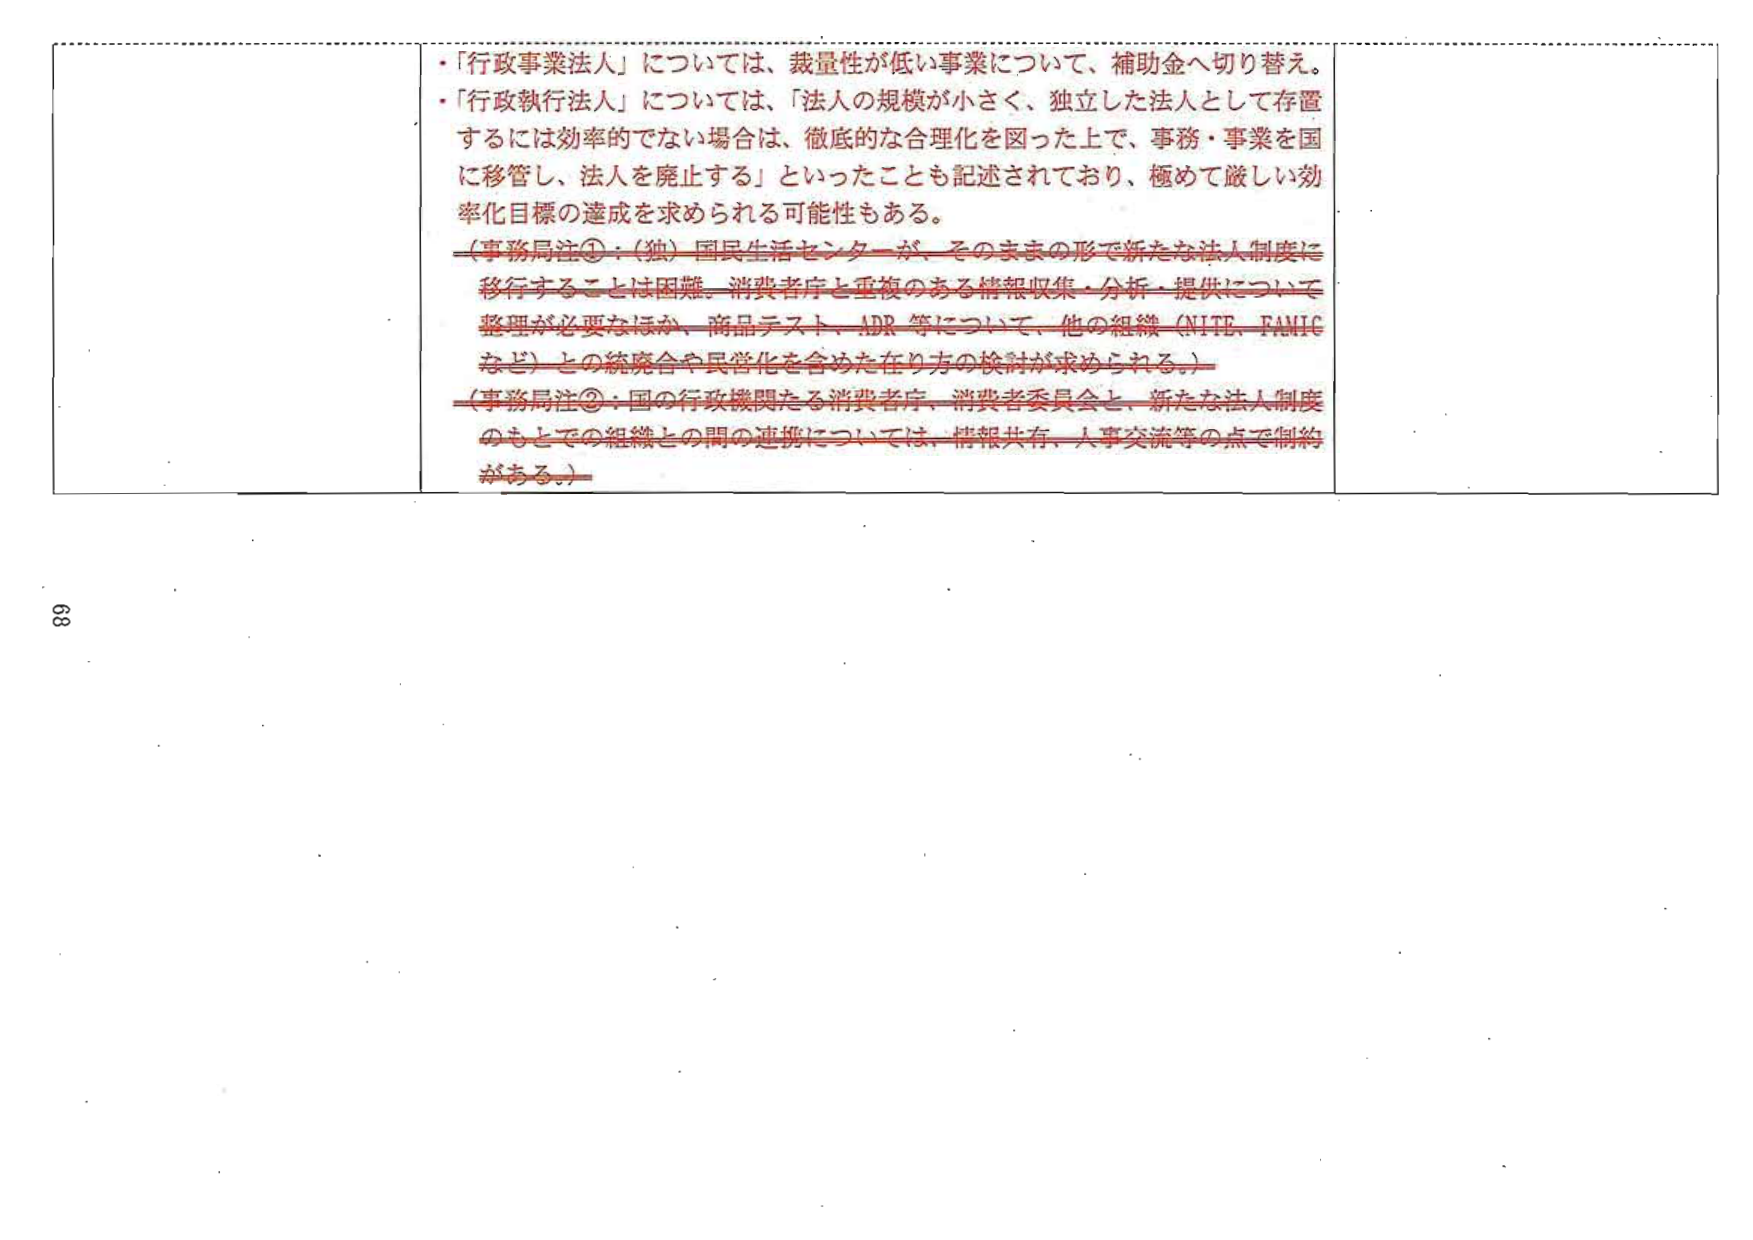
・「行政事業法人」については、裁量性が低い事業について、補助金へ切り替え。

・「行政執行法人」については、「法人の規模が小さく、独立した法人として存置するには効率的でない場合は、徹底的な合理化を図った上で、事務・事業を国に移管し、法人を廃止する」といったことも記述されており、極めて厳しい効率化目標の達成を求められる可能性もある。

（事務局注①：（独）国民生活センターが、そのままの形で新たな法人制度に移行することは困難。消費者庁と重複のある情報収集・分析・提供について整理が必要なほか、商品テスト、ADR等について、他の組織（NITE、FAMICなど）との統廃合や民営化を含めた在り方の検討が求められる。）

（事務局注②：国の行政機関たる消費者庁、消費者委員会と、新たな法人制度のもとでの組織との間の連携については、情報共有、人事交流等の点で制約がある。）

68